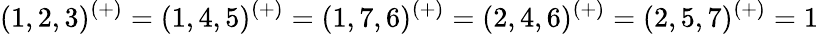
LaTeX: (1,2,3)^{(+)}=(1,4,5)^{(+)}=(1,7,6)^{(+)}=(2,4,6)^{(+)}=(2,5,7)^{(+)}=1